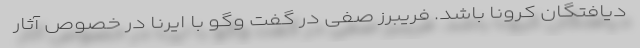
دیافتگان کرونا باشد. فریبرز صفی در گفت وگو با ایرنا در خصوص آثار